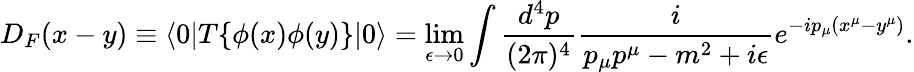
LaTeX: D_{F}(x-y)\equiv\langle 0|T\{ \phi(x)\phi(y)\} |0\rangle=\operatorname*{lim}_{\epsilon\to 0}\int{\frac{d^{4}p}{(2\pi)^{4}}}{\frac{i}{p_{\mu}p^{\mu}-m^{2}+i\epsilon}}e^{-ip_{\mu}(x^{\mu}-y^{\mu})}.